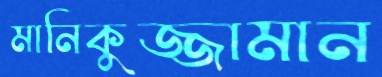
মানিকুজ্জামান